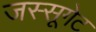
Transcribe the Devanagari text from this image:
जस्सूगेट